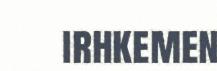
irhkemen